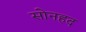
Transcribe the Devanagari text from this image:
सोनहद